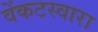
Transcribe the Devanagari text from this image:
वेंकटस्वारा